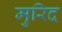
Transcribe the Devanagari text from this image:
मुरिद